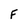
Character: F